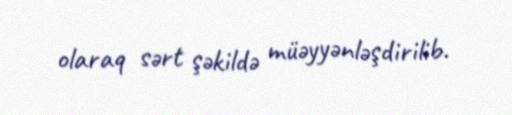
olaraq sərt şəkildə müəyyənləşdirilib.